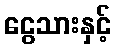
ငွေသားနှင့်